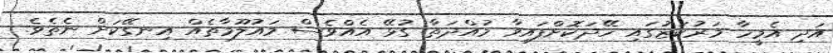
އަދި އެމީހާ މަރުކަޒުގައި ހޭދަކޮށްފައިވާ މުއްދަތާ ގުޅޭ އެއްވެސް މައުލޫމާތެއް އިނގޭކަށް ނެތެވެ.